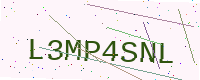
Text: L3MP4SNL